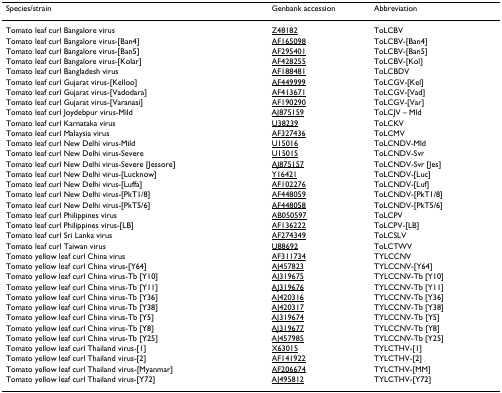
<table><thead><tr><td><b>Species/strain</b></td><td><b>Genbank accession</b></td><td><b>Abbreviation</b></td></tr></thead><tbody><tr><td>Tomato leaf curl Bangalore virus</td><td>Z48182</td><td>ToLCBV</td></tr><tr><td>Tomato leaf curl Bangalore virus-[Ban4]</td><td>AF165098</td><td>ToLCBV-[Ban4]</td></tr><tr><td>Tomato leaf curl Bangalore virus-[Ban5]</td><td>AF295401</td><td>ToLCBV-[Ban5]</td></tr><tr><td>Tomato leaf curl Bangalore virus-[Kolar]</td><td>AF428255</td><td>ToLCBV-[Kol]</td></tr><tr><td>Tomato leaf curl Bangladesh virus</td><td>AF188481</td><td>ToLCBDV</td></tr><tr><td>Tomato leaf curl Gujarat virus-[Kelloo]</td><td>AF449999</td><td>ToLCGV-[Kel]</td></tr><tr><td>Tomato leaf curl Gujarat virus-[Vadodara]</td><td>AF413671</td><td>ToLCGV-[Vad]</td></tr><tr><td>Tomato leaf curl Gujarat virus-[Varanasi]</td><td>AF190290</td><td>ToLCGV-[Var]</td></tr><tr><td>Tomato leaf curl Joydebpur virus-Mild</td><td>AJ875159</td><td>ToLCJV – Mld</td></tr><tr><td>Tomato leaf curl Karnataka virus</td><td>U38239</td><td>ToLCKV</td></tr><tr><td>Tomato leaf curl Malaysia virus</td><td>AF327436</td><td>ToLCMV</td></tr><tr><td>Tomato leaf curl New Delhi virus-Mild</td><td>U15016</td><td>ToLCNDV-Mld</td></tr><tr><td>Tomato leaf curl New Delhi virus-Severe</td><td>U15015</td><td>ToLCNDV-Svr</td></tr><tr><td>Tomato leaf curl New Delhi virus-Severe [Jessore]</td><td>AJ875157</td><td>ToLCNDV-Svr [Jes]</td></tr><tr><td>Tomato leaf curl New Delhi virus-[Lucknow]</td><td>Y16421</td><td>ToLCNDV-[Luc]</td></tr><tr><td>Tomato leaf curl New Delhi virus-[Luffa]</td><td>AF102276</td><td>ToLCNDV-[Luf]</td></tr><tr><td>Tomato leaf curl New Delhi virus-[PkT1/8]</td><td>AF448059</td><td>ToLCNDV-[PkT1/8]</td></tr><tr><td>Tomato leaf curl New Delhi virus-[PkT5/6]</td><td>AF448058</td><td>ToLCNDV-[PkT5/6]</td></tr><tr><td>Tomato leaf curl Philippines virus</td><td>AB050597</td><td>ToLCPV</td></tr><tr><td>Tomato leaf curl Philippines virus-[LB]</td><td>AF136222</td><td>ToLCPV-[LB]</td></tr><tr><td>Tomato leaf curl Sri Lanka virus</td><td>AF274349</td><td>ToLCSLV</td></tr><tr><td>Tomato leaf curl Taiwan virus</td><td>U88692</td><td>ToLCTWV</td></tr><tr><td>Tomato yellow leaf curl China virus</td><td>AF311734</td><td>TYLCCNV</td></tr><tr><td>Tomato yellow leaf curl China virus-[Y64]</td><td>AJ457823</td><td>TYLCCNV-[Y64]</td></tr><tr><td>Tomato yellow leaf curl China virus-Tb [Y10]</td><td>AJ319675</td><td>TYLCCNV-Tb [Y10]</td></tr><tr><td>Tomato yellow leaf curl China virus-Tb [Y11]</td><td>AJ319676</td><td>TYLCCNV-Tb [Y11]</td></tr><tr><td>Tomato yellow leaf curl China virus-Tb [Y36]</td><td>AJ420316</td><td>TYLCCNV-Tb [Y36]</td></tr><tr><td>Tomato yellow leaf curl China virus-Tb [Y38]</td><td>AJ420317</td><td>TYLCCNV-Tb [Y38]</td></tr><tr><td>Tomato yellow leaf curl China virus-Tb [Y5]</td><td>AJ319674</td><td>TYLCCNV-Tb [Y5]</td></tr><tr><td>Tomato yellow leaf curl China virus-Tb [Y8]</td><td>AJ319677</td><td>TYLCCNV-Tb [Y8]</td></tr><tr><td>Tomato yellow leaf curl China virus-Tb [Y25]</td><td>AJ457985</td><td>TYLCCNV-Tb [Y25]</td></tr><tr><td>Tomato yellow leaf curl Thailand virus-[1]</td><td>X63015</td><td>TYLCTHV-[1]</td></tr><tr><td>Tomato yellow leaf curl Thailand virus-[2]</td><td>AF141922</td><td>TYLCTHV-[2]</td></tr><tr><td>Tomato yellow leaf curl Thailand virus-[Myanmar]</td><td>AF206674</td><td>TYLCTHV-[MM]</td></tr><tr><td>Tomato yellow leaf curl Thailand virus-[Y72]</td><td>AJ495812</td><td>TYLCTHV-[Y72]</td></tr></tbody></table>